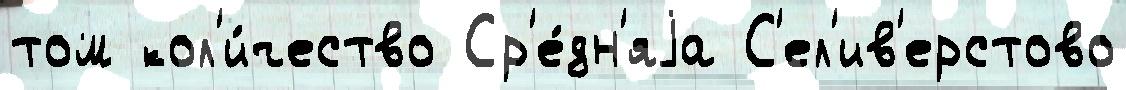
том кол'и́чество Ср'е́дн'яjа С'ел'ив'ерстово